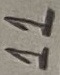
Text: 11